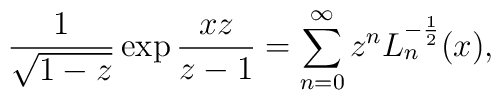
\frac 1{\sqrt {1-z}}\exp\frac {xz}{z-1}=\sum_{n=0}^{\infty}z^nL_n^{-\frac 12}(x),